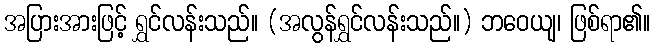
အပြားအားဖြင့် ရွှင်လန်းသည်။ (အလွန်ရွှင်လန်းသည်။) ဘဝေယျ၊ ဖြစ်ရာ၏။